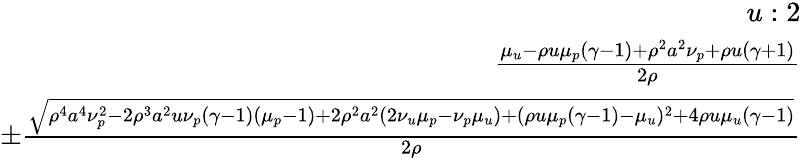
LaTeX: \begin{array}{r}{u:2}\\ {\frac{\mu_{u}-\rho u\mu_{p}(\gamma-1)+\rho^{2}a^{2}\nu_{p}+\rho u(\gamma+1)}{2\rho}}\\ {\pm\frac{\sqrt{\rho^{4}a^{4}\nu_{p}^{2}-2\rho^{3}a^{2}u\nu_{p}(\gamma-1)(\mu_{p}-1)+2\rho^{2}a^{2}(2\nu_{u}\mu_{p}-\nu_{p}\mu_{u})+(\rho u\mu_{p}(\gamma-1)-\mu_{u})^{2}+4\rho u\mu_{u}(\gamma-1)}}{2\rho}}\end{array}